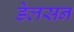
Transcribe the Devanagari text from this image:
डेलसन